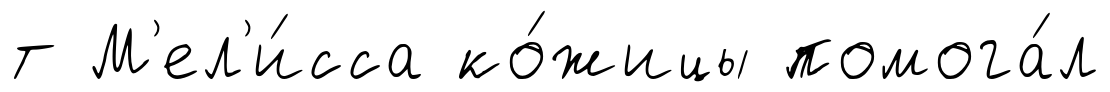
т М'ел'и́сса ко́жицы помога́л